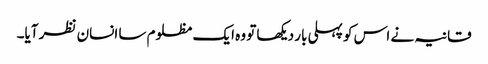
قانیہ نے اس کو پہلی بار دیکھا تو وہ ایک مظلوم سا انسان نظر آیا۔